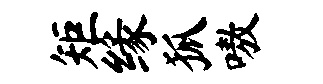
矩缘狐嗷